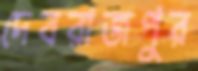
দেবরাজপুর